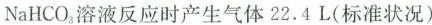
NaHCO_{3}溶液反应时产生气体22.4L(标准状况)